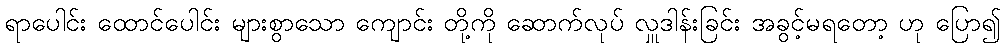
ရာပေါင်း ထောင်ပေါင်း များစွာသော ကျောင်း တို့ကို ဆောက်လုပ် လှူဒါန်းခြင်း အခွင့်မရတော့ ဟု ပြော၍